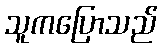
သူကပြောသည်